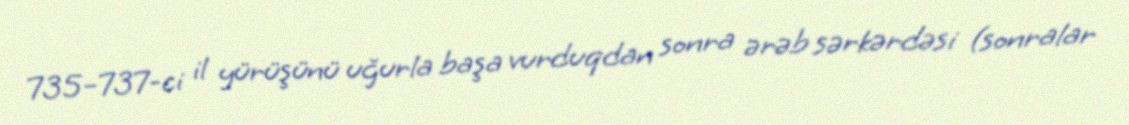
735–737-ci il yürüşünü uğurla başa vurduqdan sonra ərəb sərkərdəsi (sonralar